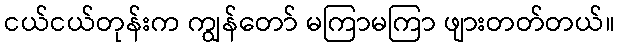
ငယ်ငယ်တုန်းက ကျွန်တော် မကြာမကြာ ဖျားတတ်တယ်။